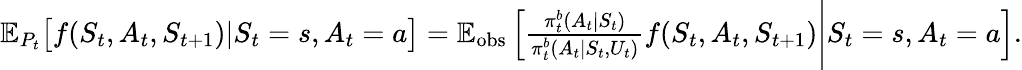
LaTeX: \begin{array}{r}{\mathbb{E}_{P_{t}}\big[f(S_{t},A_{t},S_{t+1})|S_{t}=s,A_{t}=a\big]=\mathbb{E}_{\mathrm{obs}}\left[\frac{\pi_{t}^{b}(A_{t}|S_{t})}{\pi_{t}^{b}(A_{t}|S_{t},U_{t})}f(S_{t},A_{t},S_{t+1})\Bigg|S_{t}=s,A_{t}=a\right].}\end{array}